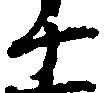
十